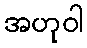
အဟုဝါ